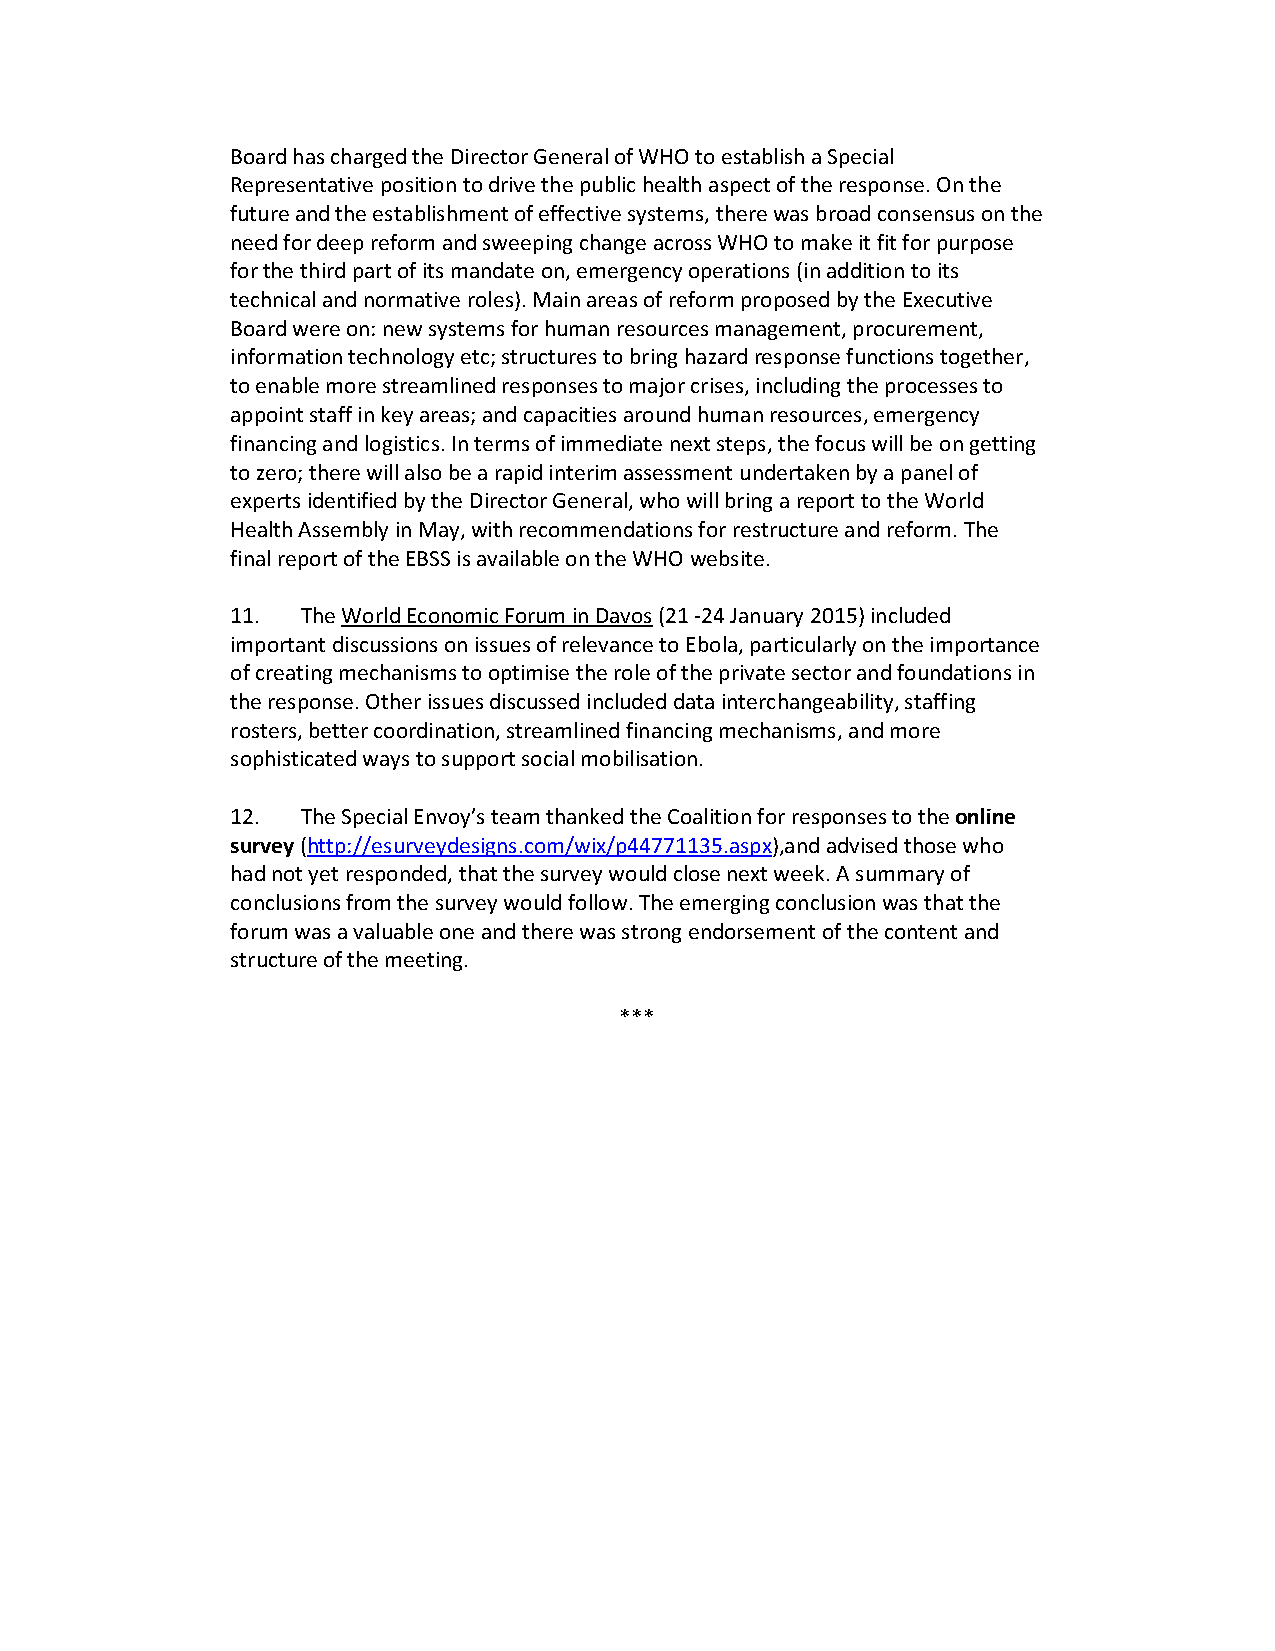
Board has charged the Director General of WHO to establish a Special
 Representative position to drive the public health aspect of the response. On the
 future and the establishment of effective systems, there was broad consensus on the
 need for deep reform and sweeping change across WHO to make it fit for purpose
 for the third part of its mandate on, emergency operations (in addition to its
 technical and normative roles). Main areas of reform proposed by the Executive
 Board were on: new systems for human resources management, procurement,
 information technology etc; structures to bring hazard response functions together,
 to enable more streamlined responses to major crises, including the processes to
 appoint staff in key areas; and capacities around human resources, emergency
 financing and logistics. In terms of immediate next steps, the focus will be on getting
 to zero; there will also be a rapid interim assessment undertaken by a panel of
 experts identified by the Director General, who will bring a report to the World
 Health Assembly in May, with recommendations for restructure and reform. The
 final report of the EBSS is available on the WHO website.
 11.  The World Economic Forum in Davos (21 -24 January 2015) included
 important discussions on issues of relevance to Ebola, particularly on the importance
 of creating mechanisms to optimise the role of the private sector and foundations in
 the response. Other issues discussed included data interchangeability, staffing
 rosters, better coordination, streamlined financing mechanisms, and more
 sophisticated ways to support social mobilisation.
 12.  The Special Envoy’s team thanked the Coalition for responses to the online
 survey (http://esurveydesigns.com/wix/p44771135.aspx),and advised those who
 had not yet responded, that the survey would close next week. A summary of
 conclusions from the survey would follow. The emerging conclusion was that the
 forum was a valuable one and there was strong endorsement of the content and
 structure of the meeting.
 ***